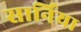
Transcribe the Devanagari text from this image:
सार्निया